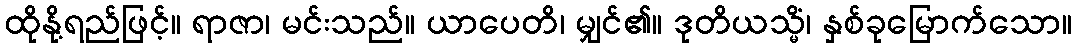
ထိုနို့ရည်ဖြင့်။ ရာဇာ၊ မင်းသည်။ ယာပေတိ၊ မျှင်၏။ ဒုတိယသ္မိံ၊ နှစ်ခုမြောက်သော။